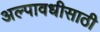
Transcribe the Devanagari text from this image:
अल्पावधीसाठी